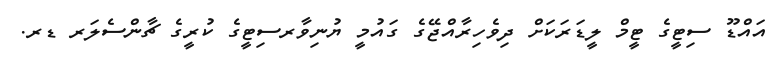
އައްޑޫ ސިޓީގެ ޓީމް ލީޑަރަކަށް ދިވެހިރާއްޖޭގެ ގައުމީ ޔުނިވާރސިޓީގެ ކުރީގެ ޗާންސެލަރ ޑރ.